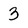
Character: 3